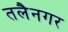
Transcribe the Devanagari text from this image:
तलैनगर